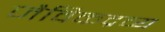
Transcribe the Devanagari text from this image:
जैविकद्रव्य